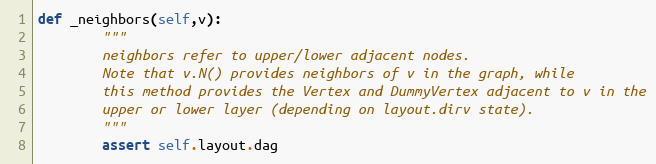
Language: Python
def _neighbors(self,v):
        """
        neighbors refer to upper/lower adjacent nodes.
        Note that v.N() provides neighbors of v in the graph, while
        this method provides the Vertex and DummyVertex adjacent to v in the
        upper or lower layer (depending on layout.dirv state).
        """
        assert self.layout.dag